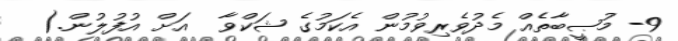
9- މުޞީބާތެއް މެދުވެރިވުމުން އެކަމުގެ ޝަކްވާ  އަށް އުފުލުން.(